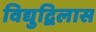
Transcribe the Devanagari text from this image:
विद्युद्विलास